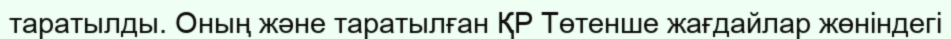
таратылды. Оның және таратылған ҚР Төтенше жағдайлар жөніндегі